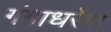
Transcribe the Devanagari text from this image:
गंगाधरेण